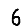
Digit: 6